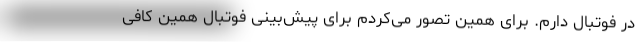
در فوتبال دارم. برای همین تصور می‌کردم برای پیش‌بینی فوتبال همین کافی